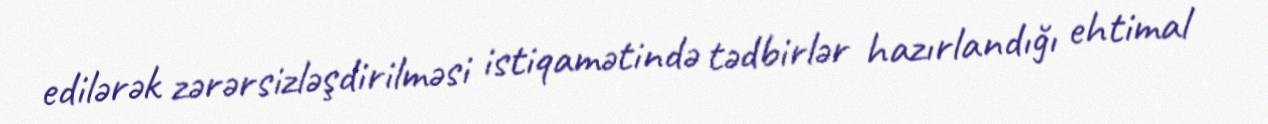
edilərək zərərsizləşdirilməsi istiqamətində tədbirlər hazırlandığı ehtimal